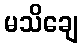
မသိချေ